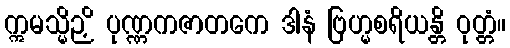
ဣမသ္မိဉှိ ပုဏ္ဏကဇာတကေ ဒါနံ ဗြဟ္မစရိယန္တိ ဝုတ္တံ။